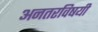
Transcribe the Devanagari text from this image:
अनतरविषयी